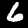
Label: 6